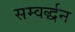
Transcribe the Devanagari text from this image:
सम्वर्द्धन